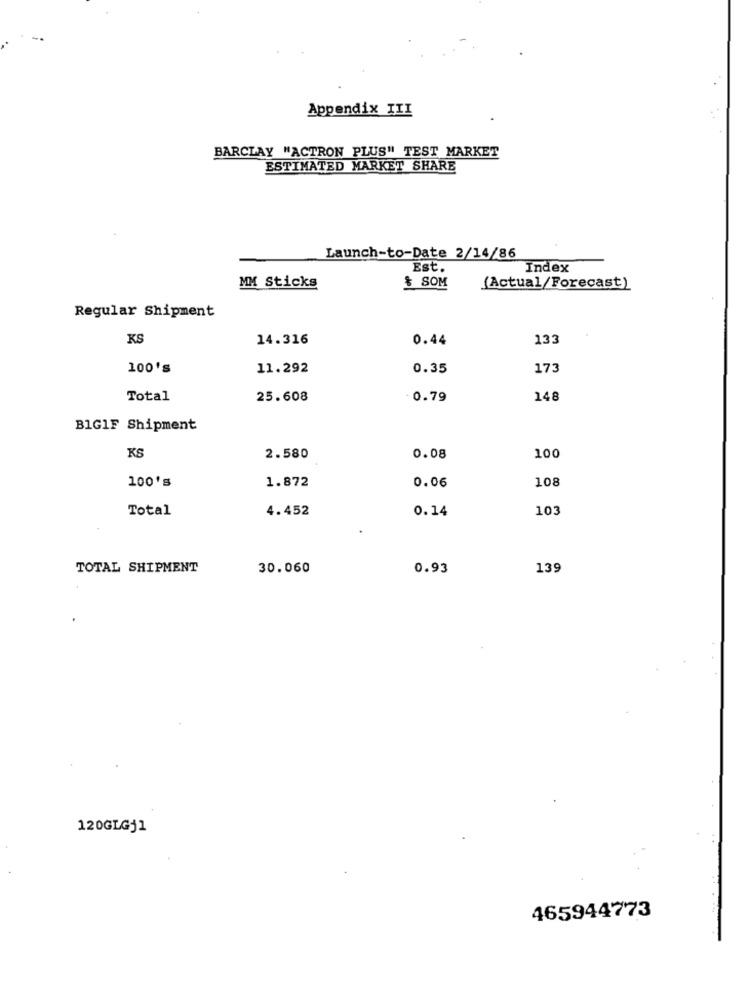
Appendix III
BARCLAY "ACTRON PLUS" TEST MARKET
ESTIMATED MARKET SHARE
Launch-to-Date 2/14/86
Est.
Index
& SOM
MM Sticks
(Actual/Forecast)
Regular Shipment
KS
14.316
0.44
133
100's
11.292
0.35
173
Total
25.608
- 0.79
148
B1GIF Shipment
KS
2.580
0.08
100
100's
1.872
0.06
108
Total
4.452
0.14
103
TOTAL SHIPMENT
30.060
0.93
139
120GLGj1
465944773